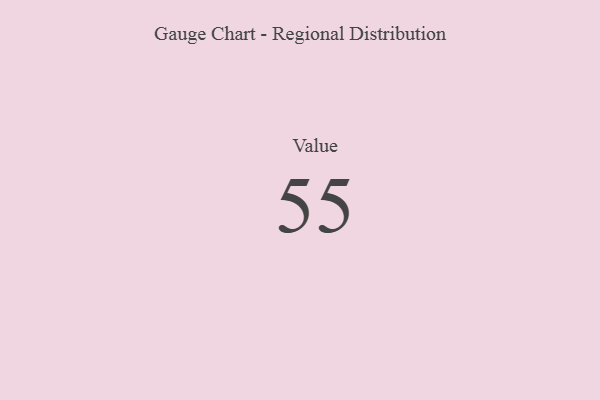
{"axis": {"x": "Metric", "y": "Value"}, "legend": [""], "data": [{"x": "Value", "y": 55, "type": ""}]}